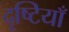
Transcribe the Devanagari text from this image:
दृष्‍टियाँ